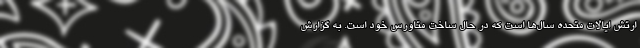
ارتش ایالات متحده سال‌ها است که در حال ساخت متاورس خود است. به گزارش